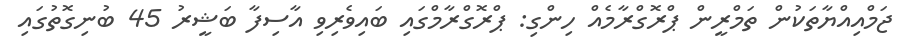
ޖަމްއިއްޔާތަކުން ތަމްރީން ޕްރޮގްރާމެއް ހިންގި: ޕްރޮގްރާމްގައި ބައިވެރިވި އާސިފާ ބަޝީރު 45 ބުނިގޮތުގައި